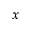
x